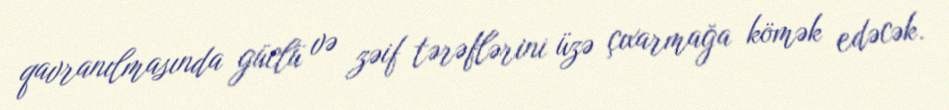
qavranılmasında güclü və zəif tərəflərini üzə çıxarmağa kömək edəcək.